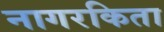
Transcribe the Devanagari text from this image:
नागरकिता